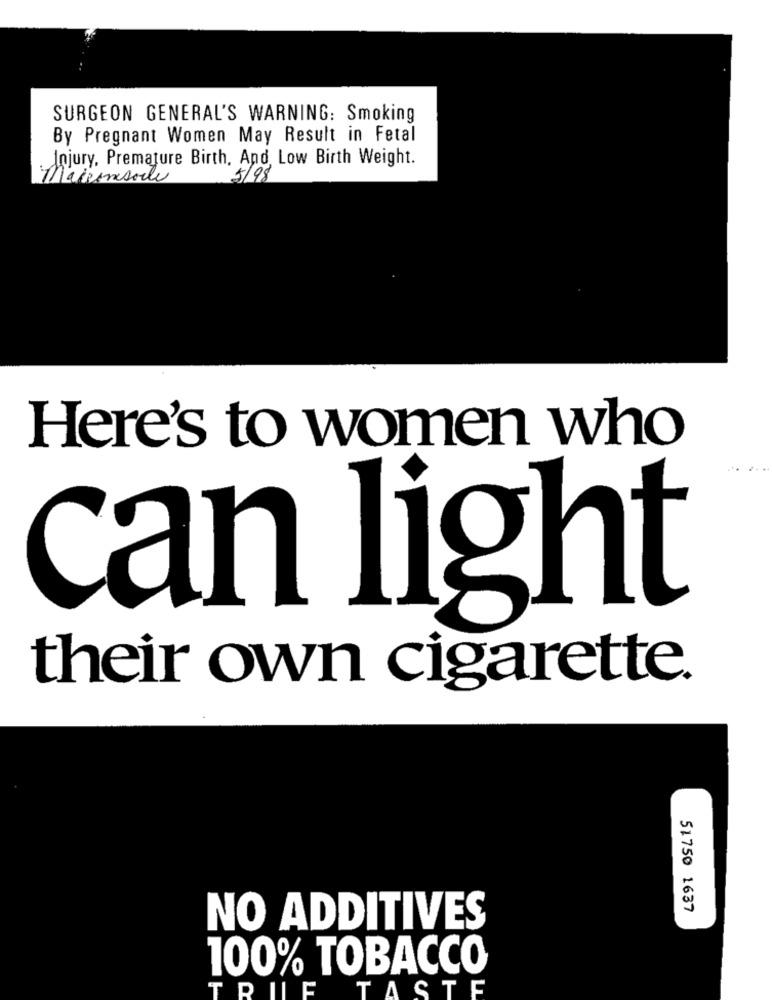
SURGEON GENERAL'S WARNING: Smoking
By Pregnant Women May Result in Fetal
Injury, Premature Birth, And, Low Birth Weight.
Maconsolle
5/98
Here's to women who
can light
their own cigarette.
51750 1637
NO ADDITIVES
100% TOBACCO
T
RILE
TASTE